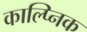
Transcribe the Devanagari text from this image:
काल्प्निक